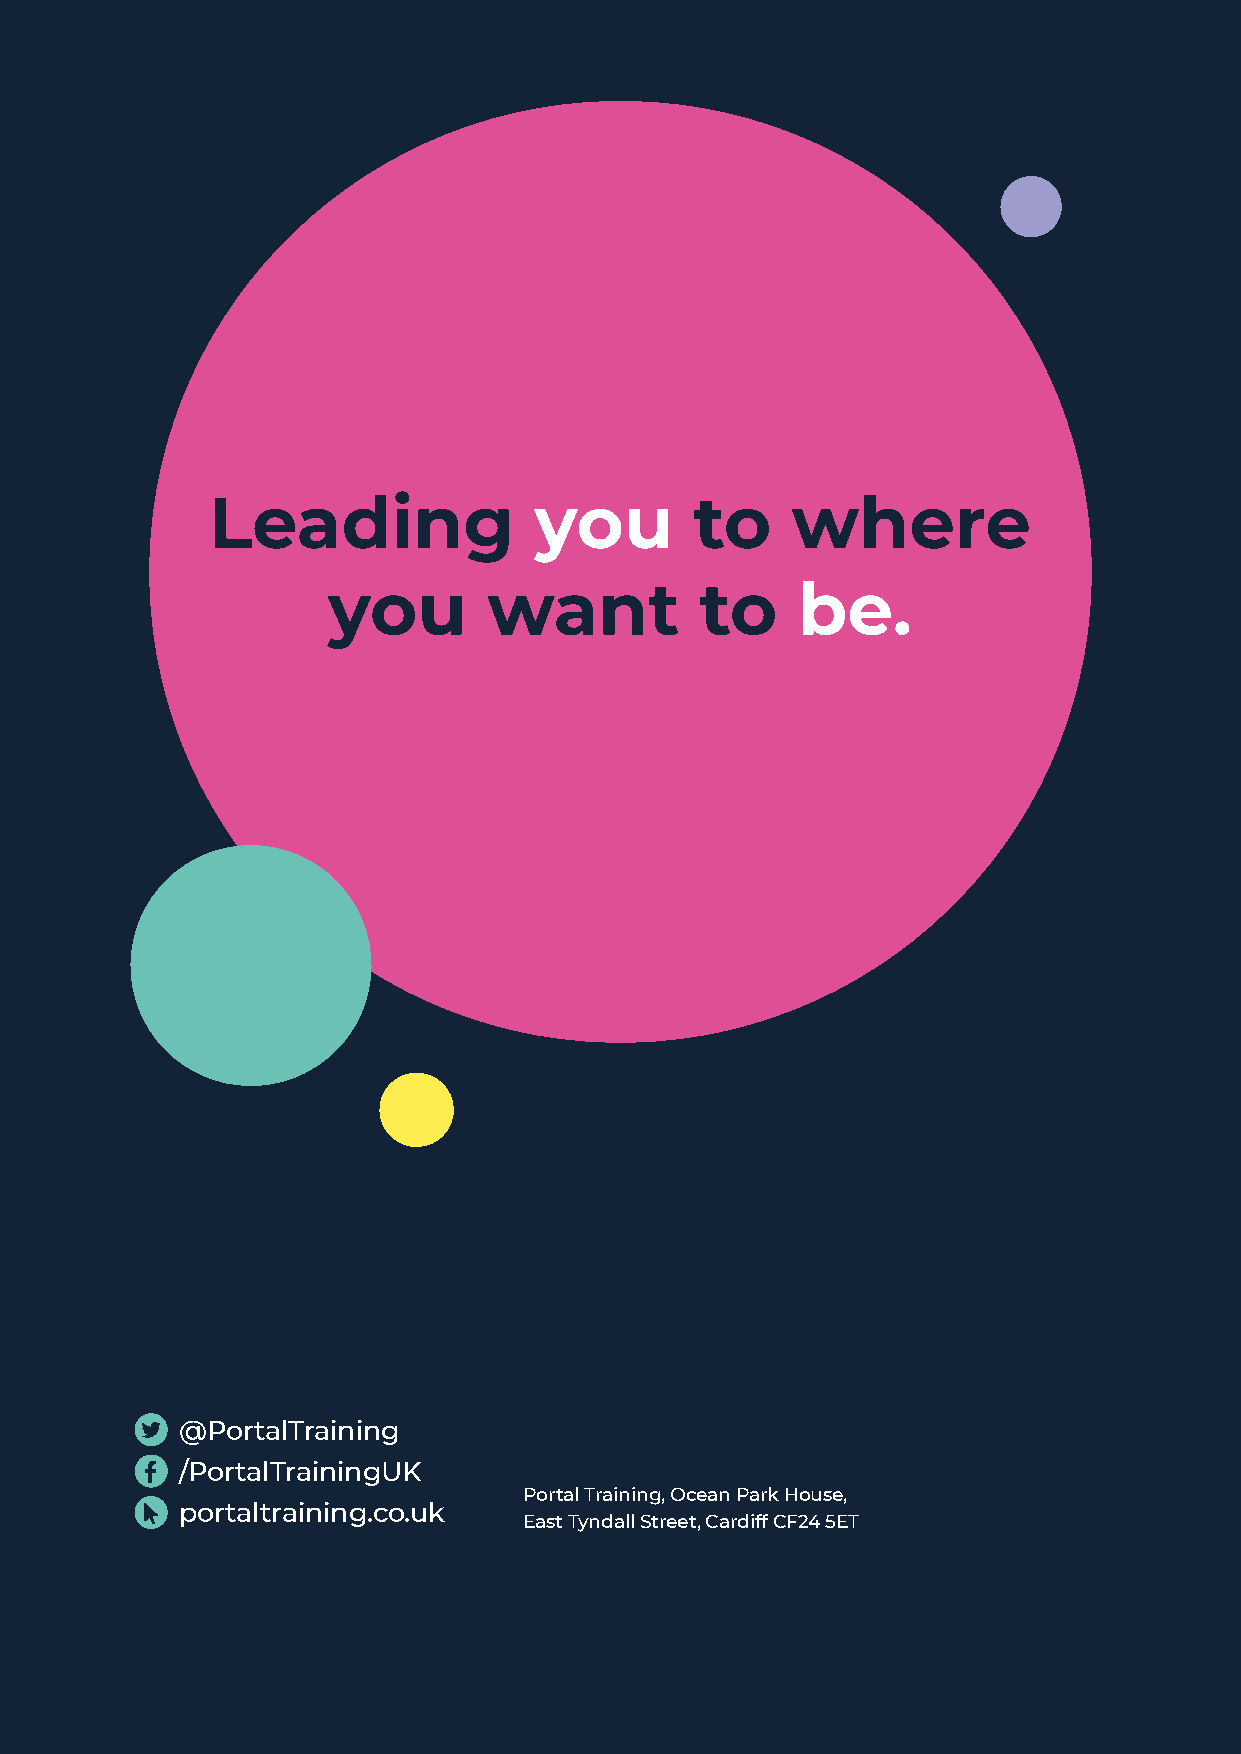
Leading              you        to    where
 you       want          to     be.
 @PortalTraining
 /PortalTrainingUK
 Portal Training, Ocean Park House,
 portaltraining.co.uk
 East Tyndall Street, Cardiff CF24 5ET